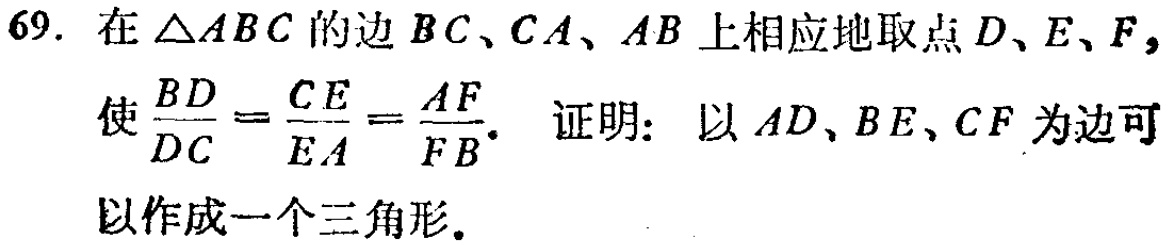
69. 在\(\triangle ABC\)的边\(BC\)、\(CA\)、\(AB\)上相应地取点\(D\)、\(E\)、\(F\)，使\(\frac{BD}{DC}=\frac{CE}{EA}=\frac{AF}{FB}\)。证明：以\(AD\)、\(BE\)、\(CF\)为边可以作成一个三角形。